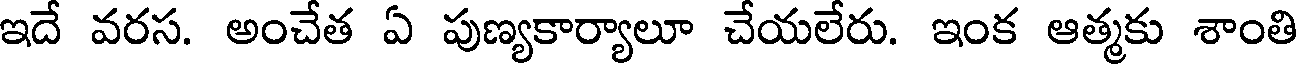
ఇదే వరస. అంచేత ఏ పుణ్యకార్యాలూ చేయలేరు. ఇంక ఆత్మకు శాంతి